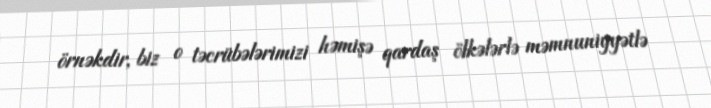
örnəkdir, biz o təcrübələrimizi həmişə qardaş ölkələrlə məmnuniyyətlə